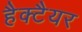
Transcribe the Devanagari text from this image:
हैक्टैयर